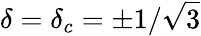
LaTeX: \delta=\delta_{c}=\pm 1/\sqrt{3}